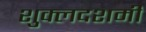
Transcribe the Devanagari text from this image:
शुक्लदशमी